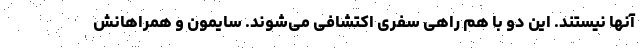
آنها نیستند. این دو با هم راهی سفری اکتشافی می‌شوند. سایمون و همراهانش